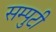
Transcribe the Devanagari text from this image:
सम्पुटी